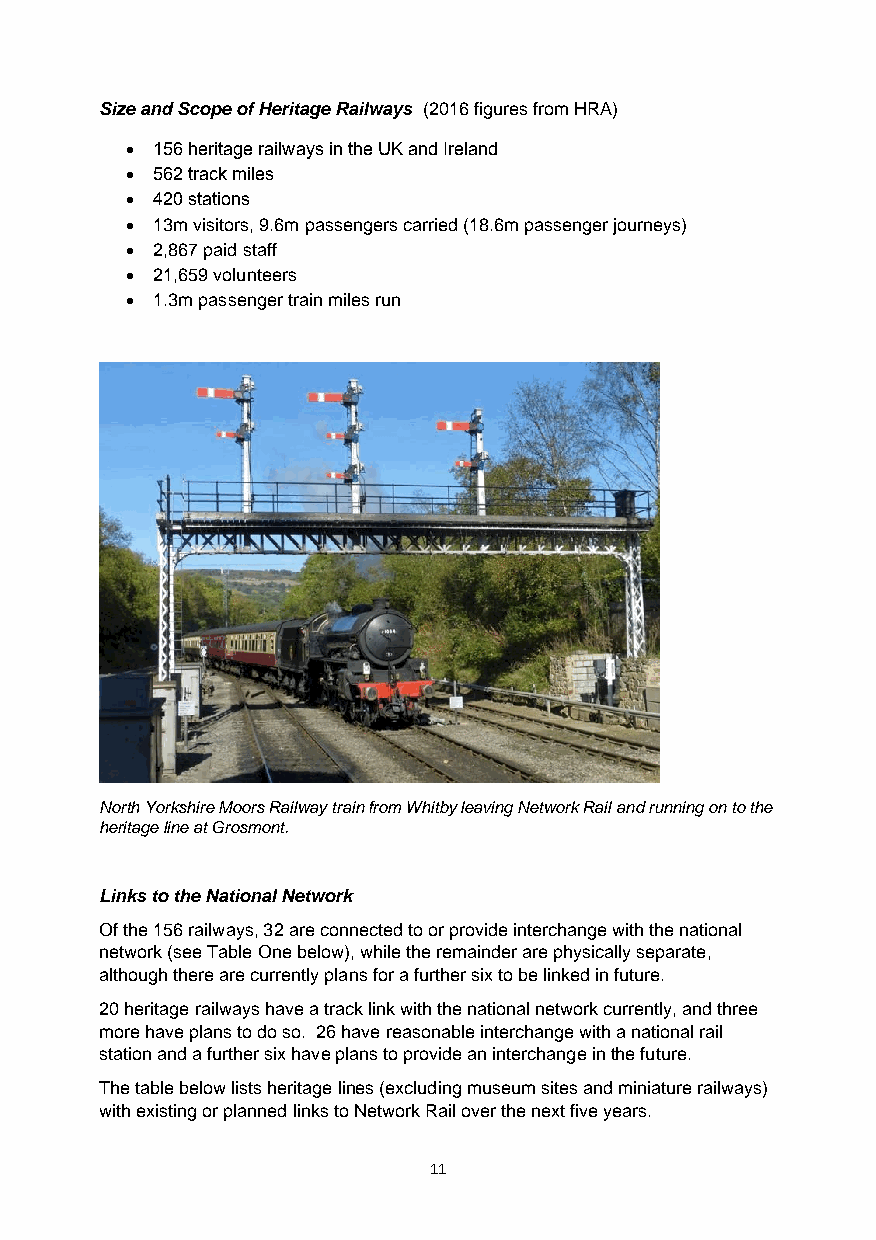
Size and Scope of Heritage Railways (2016 figures from HRA)
 • 156 heritage railways in the UK and Ireland
 • 562 track miles
 • 420 stations
 • 13m visitors, 9.6m passengers carried (18.6m passenger journeys)
 • 2,867 paid staff
 • 21,659 volunteers
 • 1.3m passenger train miles run
 North Yorkshire Moors Railway train from Whitby leaving Network Rail and running on to the
 heritage line at Grosmont.
 Links to the National Network
 Of the 156 railways, 32 are connected to or provide interchange with the national
 network (see Table One below), while the remainder are physically separate,
 although there are currently plans for a further six to be linked in future.
 20 heritage railways have a track link with the national network currently, and three
 more have plans to do so. 26 have reasonable interchange with a national rail
 station and a further six have plans to provide an interchange in the future.
 The table below lists heritage lines (excluding museum sites and miniature railways)
 with existing or planned links to Network Rail over the next five years.
 11